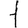
Digit: 1